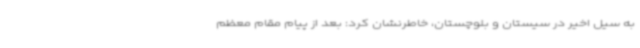
به سیل اخیر در سیستان و بلوچستان، خاطرنشان کرد: بعد از پیام مقام معظم